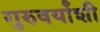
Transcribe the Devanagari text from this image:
गुरुवर्यांशी